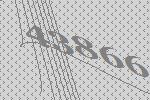
43866